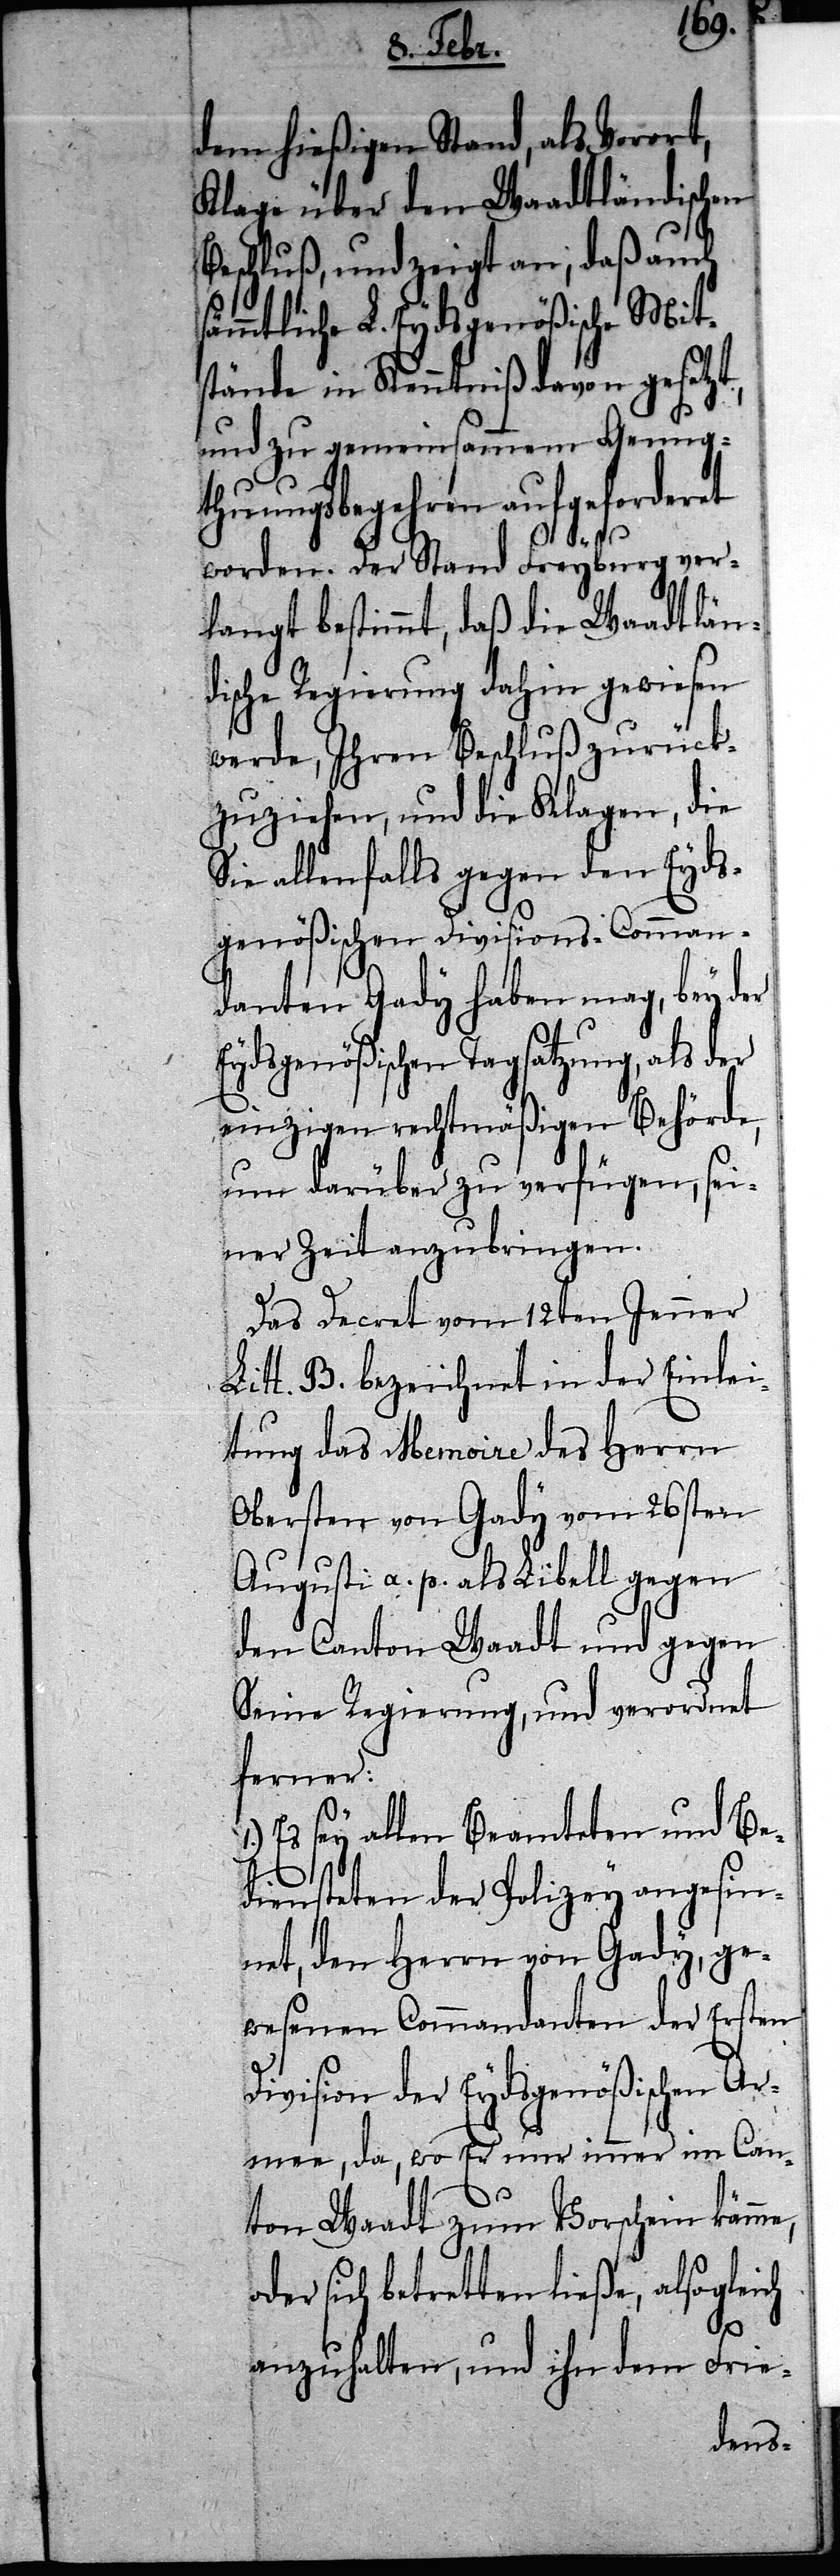
dem hießigen Stand als Vorort,
Klage über den Waadtländischen
Beschluß, und zeigt an, daß auch
sämmtliche L. Eydsgenößische Mit¬
stände in Kenntniß davon gesetzt,
und zu gemeinsamen Genug¬
thuungsbegehren aufgeforderet
werden. Der Stand Freyburg ver¬
langt bestimmt, daß die Waadtlän¬
dische Regierung dahin gewiesen
werde, Ihren Beschluß zurück¬
zuziehen, und die Klagen, die
Sie allenfalls gegen den Eyds¬
genößischen Divisions-Comman¬
danten Gady haben mag, bey der
Eidygenößischen Tagsatzung, als der
einzigen rechtmäßigen Behörde,
um darüber zu verfügen, sei¬
ner Zeit anzubringen.
Das Decret vom 12ten Jenner
Lit. B. bezeichnet in der Einlei¬
tung das Memoire des Herrn
Obersten von Gady vom 26sten
Agusti a. p. als Libell gegen
den Canton Waadt und gegen
Seine Regierung, und verordnet
ferner:
Es sey allen Beamteten und Be¬
diensteten der Policey angesin¬
net, den Herrn von Gady, ge¬
wesenen Commandanten der Ersten
Division der Eydsgenößischen Ar¬
mee, da, wo Er nur immer im Can¬
ton Waadt zum Vorschein kömme,
oder sich betretten ließe, alsogleich
anzuhalten, und ihn dem Frie-